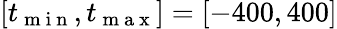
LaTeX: [t_{\mathrm{~m~i~n~}},t_{\mathrm{~m~a~x~}}]=[-400,400]